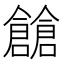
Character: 𠑐